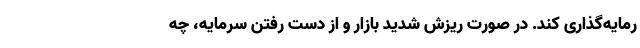
رمایه‌گذاری کند. در صورت ریزش شدید بازار و از دست رفتن سرمایه، چه